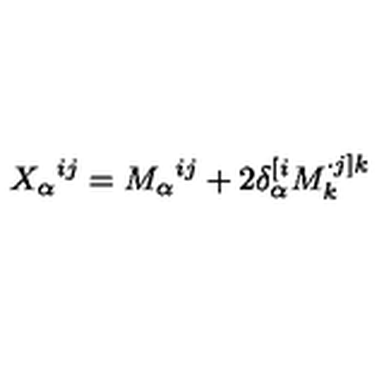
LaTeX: X _ { \alpha } { } ^ { i j } = M _ { \alpha } { } ^ { i j } + 2 \delta _ { \alpha } ^ { [ i } M _ { k } ^ { \cdot j ] k }